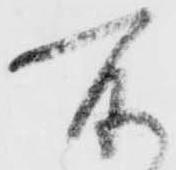
所